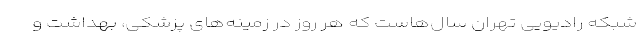
شبکه رادیویی تهران سال‌هاست که هر روز در زمینه‌های پزشکی، بهداشت و